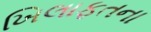
ખિલાફતના